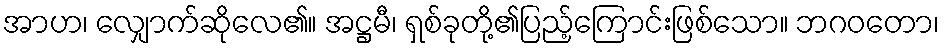
အာဟ၊ လျှောက်ဆိုလေ၏။ အဋ္ဌမီ၊ ရှစ်ခုတို့၏ပြည့်ကြောင်းဖြစ်သော။ ဘဂဝတော၊